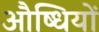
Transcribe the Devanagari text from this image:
औष्धियों